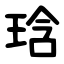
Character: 琀